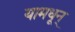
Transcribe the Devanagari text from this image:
यामधून्